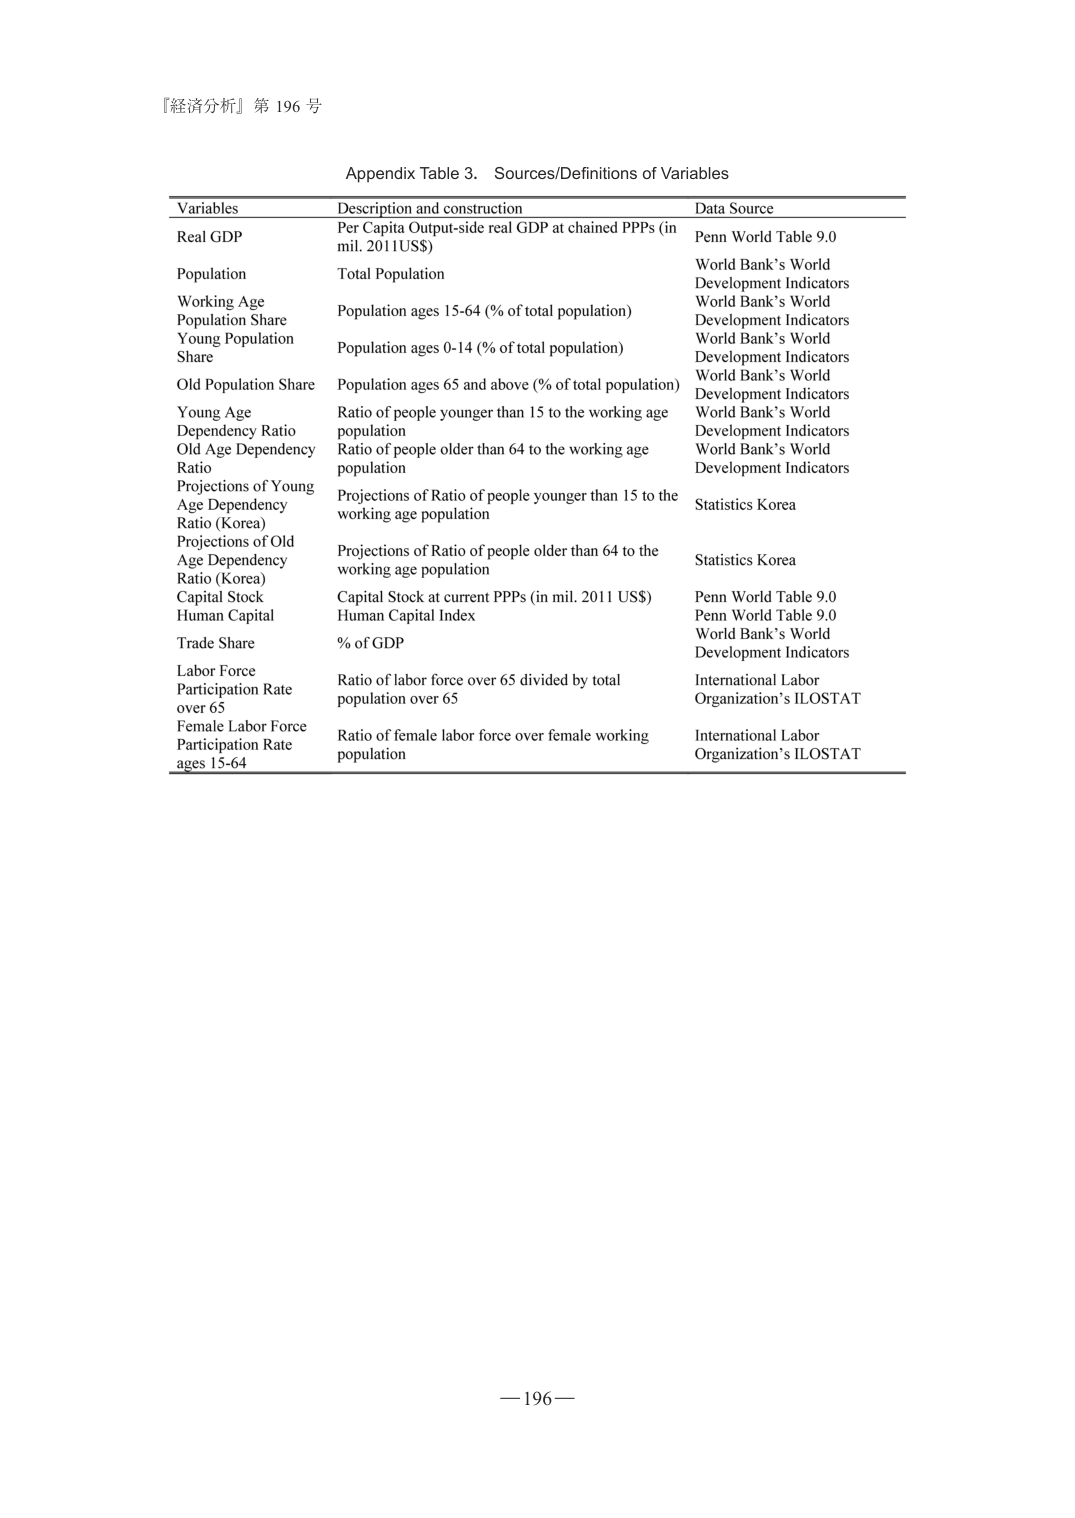
『経済分析』第 196 号

Appendix Table 3. Sources/Definitions of Variables

Variables	Description and construction	Data Source
Real GDP	Per Capita Output-side real GDP at chained PPPs (in mil. 2011 US$)	Penn World Table 9.0
Population	Total Population	World Bank’s World Development Indicators
Working Age Population Share	Population ages 15-64 (% of total population)	World Bank’s World Development Indicators
Young Population Share	Population ages 0-14 (% of total population)	World Bank’s World Development Indicators
Old Population Share	Population ages 65 and above (% of total population)	World Bank’s World Development Indicators
Young Age Dependency Ratio	Ratio of people younger than 15 to the working age population	World Bank’s World Development Indicators
Old Age Dependency Ratio	Ratio of people older than 64 to the working age population	World Bank’s World Development Indicators
Projections of Young Age Dependency Ratio (Korea)	Projections of Ratio of people younger than 15 to the working age population	Statistics Korea
Projections of Old Age Dependency Ratio (Korea)	Projections of Ratio of people older than 64 to the working age population	Statistics Korea
Capital Stock	Capital Stock at current PPPs (in mil. 2011 US$)	Penn World Table 9.0
Human Capital	Human Capital Index	Penn World Table 9.0
Trade Share	% of GDP	World Bank’s World Development Indicators
Labor Force Participation Rate over 65	Ratio of labor force over 65 divided by total population over 65	International Labor Organization’s ILOSTAT
Female Labor Force Participation Rate ages 15-64	Ratio of female labor force over female working population	International Labor Organization’s ILOSTAT

—196—